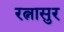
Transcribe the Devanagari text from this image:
रत्नासुर